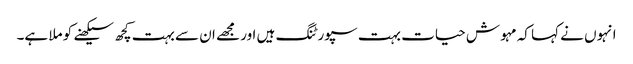
انہوں نے کہا کہ مہوش حیات بہت سپورٹنگ ہیں اور مجھے ان سے بہت کچھ سیکھنے کو ملا ہے۔